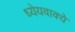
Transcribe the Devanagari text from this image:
ध्येयवाक्ये